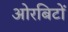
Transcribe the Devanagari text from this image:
ओरबिटों